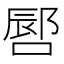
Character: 𪡪